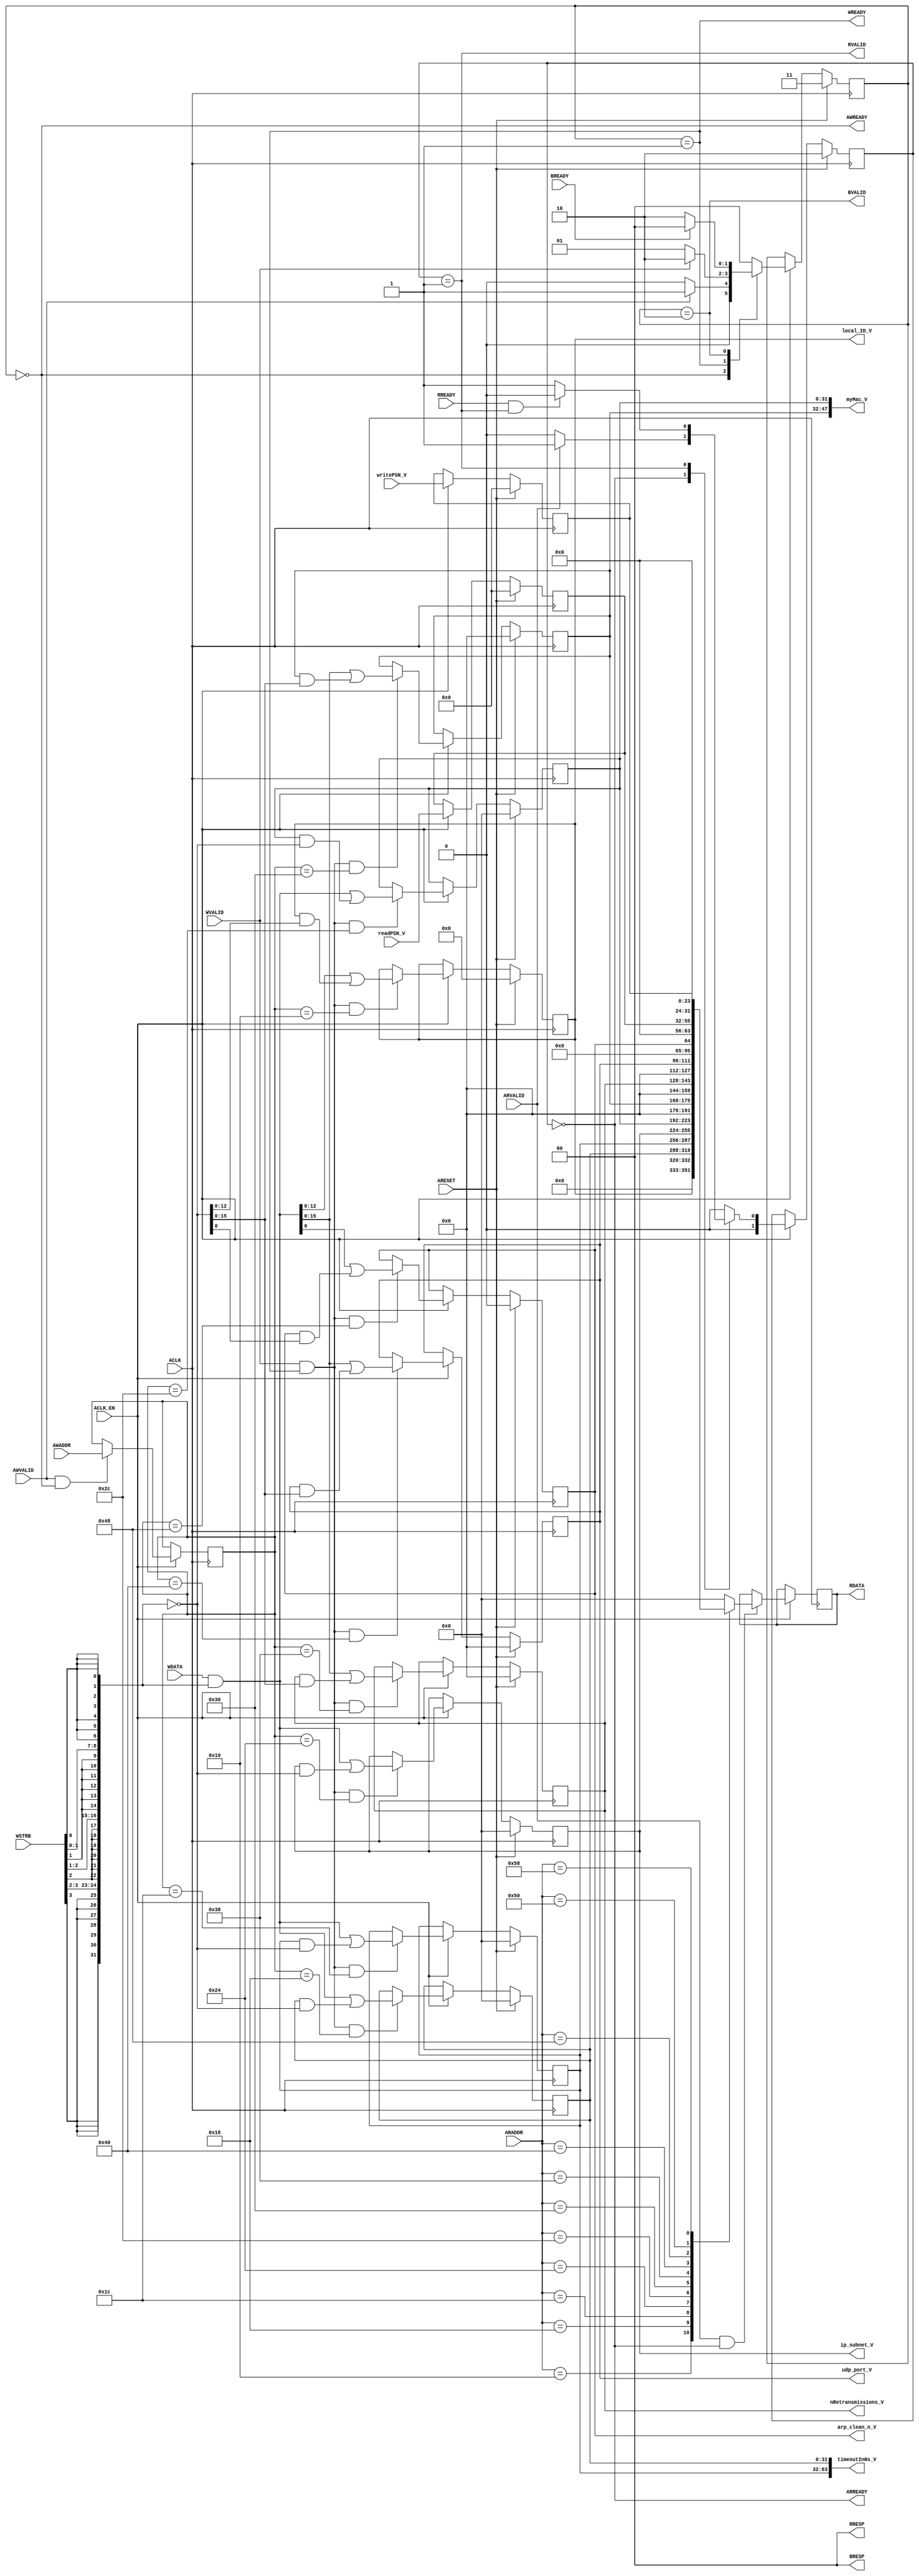
// ==============================================================
// Vivado(TM) HLS - High-Level Synthesis from C, C++ and SystemC v2019.2 (64-bit)
// Copyright 1986-2019 Xilinx, Inc. All Rights Reserved.
// ==============================================================
`timescale 1ns/1ps
module register_map_full_AXILiteS_s_axi
#(parameter
    C_S_AXI_ADDR_WIDTH = 7,
    C_S_AXI_DATA_WIDTH = 32
)(
    input  wire                          ACLK,
    input  wire                          ARESET,
    input  wire                          ACLK_EN,
    input  wire [C_S_AXI_ADDR_WIDTH-1:0] AWADDR,
    input  wire                          AWVALID,
    output wire                          AWREADY,
    input  wire [C_S_AXI_DATA_WIDTH-1:0] WDATA,
    input  wire [C_S_AXI_DATA_WIDTH/8-1:0] WSTRB,
    input  wire                          WVALID,
    output wire                          WREADY,
    output wire [1:0]                    BRESP,
    output wire                          BVALID,
    input  wire                          BREADY,
    input  wire [C_S_AXI_ADDR_WIDTH-1:0] ARADDR,
    input  wire                          ARVALID,
    output wire                          ARREADY,
    output wire [C_S_AXI_DATA_WIDTH-1:0] RDATA,
    output wire [1:0]                    RRESP,
    output wire                          RVALID,
    input  wire                          RREADY,
    output wire [12:0]                   local_ID_V,
    output wire [63:0]                   timeoutInNs_V,
    output wire [31:0]                   ip_subnet_V,
    output wire [47:0]                   myMac_V,
    output wire [15:0]                   nRetransmissions_V,
    output wire [15:0]                   udp_port_V,
    output wire [0:0]                    arp_clean_n_V,
    input  wire [23:0]                   readPSN_V,
    input  wire [23:0]                   writePSN_V
);
//------------------------Address Info-------------------
// 0x00 : reserved
// 0x04 : reserved
// 0x08 : reserved
// 0x0c : reserved
// 0x10 : Data signal of local_ID_V
//        bit 12~0 - local_ID_V[12:0] (Read/Write)
//        others   - reserved
// 0x14 : reserved
// 0x18 : Data signal of timeoutInNs_V
//        bit 31~0 - timeoutInNs_V[31:0] (Read/Write)
// 0x1c : Data signal of timeoutInNs_V
//        bit 31~0 - timeoutInNs_V[63:32] (Read/Write)
// 0x20 : reserved
// 0x24 : Data signal of ip_subnet_V
//        bit 31~0 - ip_subnet_V[31:0] (Read/Write)
// 0x28 : reserved
// 0x2c : Data signal of myMac_V
//        bit 31~0 - myMac_V[31:0] (Read/Write)
// 0x30 : Data signal of myMac_V
//        bit 15~0 - myMac_V[47:32] (Read/Write)
//        others   - reserved
// 0x34 : reserved
// 0x38 : Data signal of nRetransmissions_V
//        bit 15~0 - nRetransmissions_V[15:0] (Read/Write)
//        others   - reserved
// 0x3c : reserved
// 0x40 : Data signal of udp_port_V
//        bit 15~0 - udp_port_V[15:0] (Read/Write)
//        others   - reserved
// 0x44 : reserved
// 0x48 : Data signal of arp_clean_n_V
//        bit 0  - arp_clean_n_V[0] (Read/Write)
//        others - reserved
// 0x4c : reserved
// 0x50 : Data signal of readPSN_V
//        bit 23~0 - readPSN_V[23:0] (Read)
//        others   - reserved
// 0x54 : reserved
// 0x58 : Data signal of writePSN_V
//        bit 23~0 - writePSN_V[23:0] (Read)
//        others   - reserved
// 0x5c : reserved
// (SC = Self Clear, COR = Clear on Read, TOW = Toggle on Write, COH = Clear on Handshake)

//------------------------Parameter----------------------
localparam
    ADDR_LOCAL_ID_V_DATA_0         = 7'h10,
    ADDR_LOCAL_ID_V_CTRL           = 7'h14,
    ADDR_TIMEOUTINNS_V_DATA_0      = 7'h18,
    ADDR_TIMEOUTINNS_V_DATA_1      = 7'h1c,
    ADDR_TIMEOUTINNS_V_CTRL        = 7'h20,
    ADDR_IP_SUBNET_V_DATA_0        = 7'h24,
    ADDR_IP_SUBNET_V_CTRL          = 7'h28,
    ADDR_MYMAC_V_DATA_0            = 7'h2c,
    ADDR_MYMAC_V_DATA_1            = 7'h30,
    ADDR_MYMAC_V_CTRL              = 7'h34,
    ADDR_NRETRANSMISSIONS_V_DATA_0 = 7'h38,
    ADDR_NRETRANSMISSIONS_V_CTRL   = 7'h3c,
    ADDR_UDP_PORT_V_DATA_0         = 7'h40,
    ADDR_UDP_PORT_V_CTRL           = 7'h44,
    ADDR_ARP_CLEAN_N_V_DATA_0      = 7'h48,
    ADDR_ARP_CLEAN_N_V_CTRL        = 7'h4c,
    ADDR_READPSN_V_DATA_0          = 7'h50,
    ADDR_READPSN_V_CTRL            = 7'h54,
    ADDR_WRITEPSN_V_DATA_0         = 7'h58,
    ADDR_WRITEPSN_V_CTRL           = 7'h5c,
    WRIDLE                         = 2'd0,
    WRDATA                         = 2'd1,
    WRRESP                         = 2'd2,
    WRRESET                        = 2'd3,
    RDIDLE                         = 2'd0,
    RDDATA                         = 2'd1,
    RDRESET                        = 2'd2,
    ADDR_BITS         = 7;

//------------------------Local signal-------------------
    reg  [1:0]                    wstate = WRRESET;
    reg  [1:0]                    wnext;
    reg  [ADDR_BITS-1:0]          waddr;
    wire [31:0]                   wmask;
    wire                          aw_hs;
    wire                          w_hs;
    reg  [1:0]                    rstate = RDRESET;
    reg  [1:0]                    rnext;
    reg  [31:0]                   rdata;
    wire                          ar_hs;
    wire [ADDR_BITS-1:0]          raddr;
    // internal registers
    reg  [12:0]                   int_local_ID_V = 'b0;
    reg  [63:0]                   int_timeoutInNs_V = 'b0;
    reg  [31:0]                   int_ip_subnet_V = 'b0;
    reg  [47:0]                   int_myMac_V = 'b0;
    reg  [15:0]                   int_nRetransmissions_V = 'b0;
    reg  [15:0]                   int_udp_port_V = 'b0;
    reg  [0:0]                    int_arp_clean_n_V = 'b0;
    reg  [23:0]                   int_readPSN_V = 'b0;
    reg  [23:0]                   int_writePSN_V = 'b0;

//------------------------Instantiation------------------

//------------------------AXI write fsm------------------
assign AWREADY = (wstate == WRIDLE);
assign WREADY  = (wstate == WRDATA);
assign BRESP   = 2'b00;  // OKAY
assign BVALID  = (wstate == WRRESP);
assign wmask   = { {8{WSTRB[3]}}, {8{WSTRB[2]}}, {8{WSTRB[1]}}, {8{WSTRB[0]}} };
assign aw_hs   = AWVALID & AWREADY;
assign w_hs    = WVALID & WREADY;

// wstate
always @(posedge ACLK) begin
    if (ARESET)
        wstate <= WRRESET;
    else if (ACLK_EN)
        wstate <= wnext;
end

// wnext
always @(*) begin
    case (wstate)
        WRIDLE:
            if (AWVALID)
                wnext = WRDATA;
            else
                wnext = WRIDLE;
        WRDATA:
            if (WVALID)
                wnext = WRRESP;
            else
                wnext = WRDATA;
        WRRESP:
            if (BREADY)
                wnext = WRIDLE;
            else
                wnext = WRRESP;
        default:
            wnext = WRIDLE;
    endcase
end

// waddr
always @(posedge ACLK) begin
    if (ACLK_EN) begin
        if (aw_hs)
            waddr <= AWADDR[ADDR_BITS-1:0];
    end
end

//------------------------AXI read fsm-------------------
assign ARREADY = (rstate == RDIDLE);
assign RDATA   = rdata;
assign RRESP   = 2'b00;  // OKAY
assign RVALID  = (rstate == RDDATA);
assign ar_hs   = ARVALID & ARREADY;
assign raddr   = ARADDR[ADDR_BITS-1:0];

// rstate
always @(posedge ACLK) begin
    if (ARESET)
        rstate <= RDRESET;
    else if (ACLK_EN)
        rstate <= rnext;
end

// rnext
always @(*) begin
    case (rstate)
        RDIDLE:
            if (ARVALID)
                rnext = RDDATA;
            else
                rnext = RDIDLE;
        RDDATA:
            if (RREADY & RVALID)
                rnext = RDIDLE;
            else
                rnext = RDDATA;
        default:
            rnext = RDIDLE;
    endcase
end

// rdata
always @(posedge ACLK) begin
    if (ACLK_EN) begin
        if (ar_hs) begin
            rdata <= 1'b0;
            case (raddr)
                ADDR_LOCAL_ID_V_DATA_0: begin
                    rdata <= int_local_ID_V[12:0];
                end
                ADDR_TIMEOUTINNS_V_DATA_0: begin
                    rdata <= int_timeoutInNs_V[31:0];
                end
                ADDR_TIMEOUTINNS_V_DATA_1: begin
                    rdata <= int_timeoutInNs_V[63:32];
                end
                ADDR_IP_SUBNET_V_DATA_0: begin
                    rdata <= int_ip_subnet_V[31:0];
                end
                ADDR_MYMAC_V_DATA_0: begin
                    rdata <= int_myMac_V[31:0];
                end
                ADDR_MYMAC_V_DATA_1: begin
                    rdata <= int_myMac_V[47:32];
                end
                ADDR_NRETRANSMISSIONS_V_DATA_0: begin
                    rdata <= int_nRetransmissions_V[15:0];
                end
                ADDR_UDP_PORT_V_DATA_0: begin
                    rdata <= int_udp_port_V[15:0];
                end
                ADDR_ARP_CLEAN_N_V_DATA_0: begin
                    rdata <= int_arp_clean_n_V[0:0];
                end
                ADDR_READPSN_V_DATA_0: begin
                    rdata <= int_readPSN_V[23:0];
                end
                ADDR_WRITEPSN_V_DATA_0: begin
                    rdata <= int_writePSN_V[23:0];
                end
            endcase
        end
    end
end


//------------------------Register logic-----------------
assign local_ID_V         = int_local_ID_V;
assign timeoutInNs_V      = int_timeoutInNs_V;
assign ip_subnet_V        = int_ip_subnet_V;
assign myMac_V            = int_myMac_V;
assign nRetransmissions_V = int_nRetransmissions_V;
assign udp_port_V         = int_udp_port_V;
assign arp_clean_n_V      = int_arp_clean_n_V;
// int_local_ID_V[12:0]
always @(posedge ACLK) begin
    if (ARESET)
        int_local_ID_V[12:0] <= 0;
    else if (ACLK_EN) begin
        if (w_hs && waddr == ADDR_LOCAL_ID_V_DATA_0)
            int_local_ID_V[12:0] <= (WDATA[31:0] & wmask) | (int_local_ID_V[12:0] & ~wmask);
    end
end

// int_timeoutInNs_V[31:0]
always @(posedge ACLK) begin
    if (ARESET)
        int_timeoutInNs_V[31:0] <= 0;
    else if (ACLK_EN) begin
        if (w_hs && waddr == ADDR_TIMEOUTINNS_V_DATA_0)
            int_timeoutInNs_V[31:0] <= (WDATA[31:0] & wmask) | (int_timeoutInNs_V[31:0] & ~wmask);
    end
end

// int_timeoutInNs_V[63:32]
always @(posedge ACLK) begin
    if (ARESET)
        int_timeoutInNs_V[63:32] <= 0;
    else if (ACLK_EN) begin
        if (w_hs && waddr == ADDR_TIMEOUTINNS_V_DATA_1)
            int_timeoutInNs_V[63:32] <= (WDATA[31:0] & wmask) | (int_timeoutInNs_V[63:32] & ~wmask);
    end
end

// int_ip_subnet_V[31:0]
always @(posedge ACLK) begin
    if (ARESET)
        int_ip_subnet_V[31:0] <= 0;
    else if (ACLK_EN) begin
        if (w_hs && waddr == ADDR_IP_SUBNET_V_DATA_0)
            int_ip_subnet_V[31:0] <= (WDATA[31:0] & wmask) | (int_ip_subnet_V[31:0] & ~wmask);
    end
end

// int_myMac_V[31:0]
always @(posedge ACLK) begin
    if (ARESET)
        int_myMac_V[31:0] <= 0;
    else if (ACLK_EN) begin
        if (w_hs && waddr == ADDR_MYMAC_V_DATA_0)
            int_myMac_V[31:0] <= (WDATA[31:0] & wmask) | (int_myMac_V[31:0] & ~wmask);
    end
end

// int_myMac_V[47:32]
always @(posedge ACLK) begin
    if (ARESET)
        int_myMac_V[47:32] <= 0;
    else if (ACLK_EN) begin
        if (w_hs && waddr == ADDR_MYMAC_V_DATA_1)
            int_myMac_V[47:32] <= (WDATA[31:0] & wmask) | (int_myMac_V[47:32] & ~wmask);
    end
end

// int_nRetransmissions_V[15:0]
always @(posedge ACLK) begin
    if (ARESET)
        int_nRetransmissions_V[15:0] <= 0;
    else if (ACLK_EN) begin
        if (w_hs && waddr == ADDR_NRETRANSMISSIONS_V_DATA_0)
            int_nRetransmissions_V[15:0] <= (WDATA[31:0] & wmask) | (int_nRetransmissions_V[15:0] & ~wmask);
    end
end

// int_udp_port_V[15:0]
always @(posedge ACLK) begin
    if (ARESET)
        int_udp_port_V[15:0] <= 0;
    else if (ACLK_EN) begin
        if (w_hs && waddr == ADDR_UDP_PORT_V_DATA_0)
            int_udp_port_V[15:0] <= (WDATA[31:0] & wmask) | (int_udp_port_V[15:0] & ~wmask);
    end
end

// int_arp_clean_n_V[0:0]
always @(posedge ACLK) begin
    if (ARESET)
        int_arp_clean_n_V[0:0] <= 0;
    else if (ACLK_EN) begin
        if (w_hs && waddr == ADDR_ARP_CLEAN_N_V_DATA_0)
            int_arp_clean_n_V[0:0] <= (WDATA[31:0] & wmask) | (int_arp_clean_n_V[0:0] & ~wmask);
    end
end

// int_readPSN_V
always @(posedge ACLK) begin
    if (ARESET)
        int_readPSN_V <= 0;
    else if (ACLK_EN) begin
            int_readPSN_V <= readPSN_V;
    end
end

// int_writePSN_V
always @(posedge ACLK) begin
    if (ARESET)
        int_writePSN_V <= 0;
    else if (ACLK_EN) begin
            int_writePSN_V <= writePSN_V;
    end
end


//------------------------Memory logic-------------------

endmodule